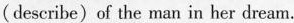
(describe) of the man in her dream.